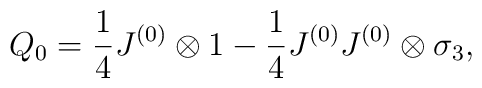
Q_0 = \frac{1}{4} J^{(0)} \otimes 1 - \frac{1}{4} J^{(0)} J^{(0)} \otimes \sigma_3,